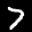
Label: 7